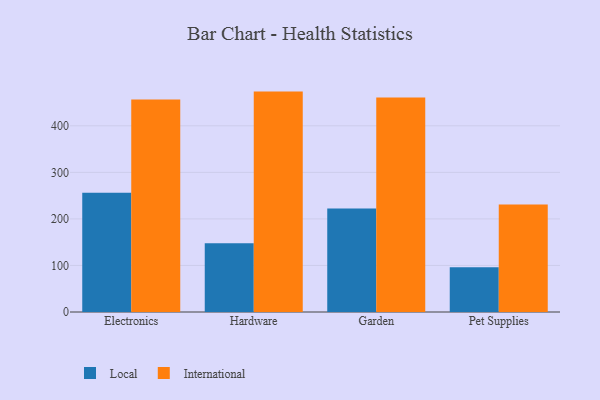
{"axis": {"x": "Category", "y": "Revenue (USD Million)"}, "legend": ["International", "Local"], "data": [{"x": "Electronics", "y": 256.0, "type": "Local"}, {"x": "Electronics", "y": 456.5, "type": "International"}, {"x": "Hardware", "y": 147.8, "type": "Local"}, {"x": "Hardware", "y": 473.5, "type": "International"}, {"x": "Garden", "y": 222.4, "type": "Local"}, {"x": "Garden", "y": 460.8, "type": "International"}, {"x": "Pet Supplies", "y": 96.4, "type": "Local"}, {"x": "Pet Supplies", "y": 230.8, "type": "International"}]}